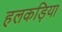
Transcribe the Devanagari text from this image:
हलकड़िया